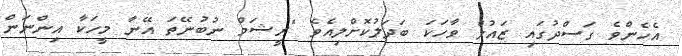
އެހެންވެ ގަސްދުގައި ޒައުލް ވާހަކަ ބަދަލުކޮށްލިއެވެ "ރީޝަމް ނުބުނޭތަ އޭނާ މީހަކާ އިންނަން